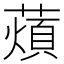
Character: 薠